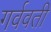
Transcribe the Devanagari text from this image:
गर्ववती